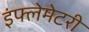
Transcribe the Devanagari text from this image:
इंफ्लेमेटरी